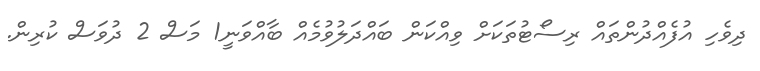
ދިވެހި އުފެއްދުންތައް ރިސޯޓުތަކަށް ވިއްކަން ބައްދަލުވުމެއް ބާއްވަނީ1 މަސް 2 ދުވަސް ކުރިން.